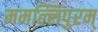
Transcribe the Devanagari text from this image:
ममल्लिपुरम्